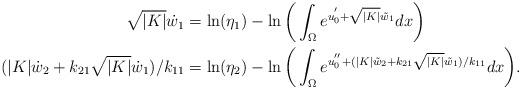
LaTeX: \begin{align*}\sqrt{|K|}\dot{w}_1&=\ln(\eta_1)-\ln\bigg(\int_{\Omega}{e^{u_0^{'}+\sqrt{|K|}\tilde{w}_1}}dx\bigg)\\(|K|\dot{w}_2+k_{21}\sqrt{|K|}\dot{w}_1)/k_{11}&=\ln(\eta_2)-\ln\bigg(\int_{\Omega}{e^{u_0^{''}+(|K|\tilde{w}_2+k_{21}\sqrt{|K|}\tilde{w}_1)/k_{11}}}dx\bigg).\end{align*}